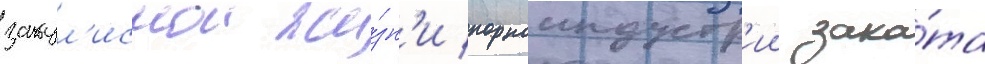
закул'иснои жи́зн'и порноиндустр'ии зака́та